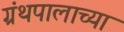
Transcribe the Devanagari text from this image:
ग्रंथपालाच्या